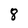
Character: 8